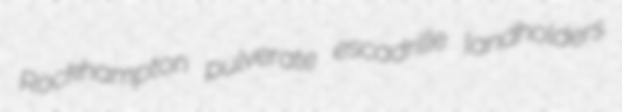
Rockhampton pulverate escadrille landholders